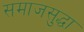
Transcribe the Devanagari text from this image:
समाजसुद्धा